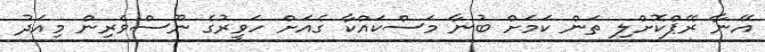
އޭނާ ރޭޕްކޮށްލި ތަން ކަމަށް ބުނާ މަސްކައްކާ ގެއަށް ހަވީރުގެ ނޫސްވެރިން މިއަދު